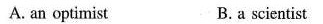
A. an optimist B.a scientist